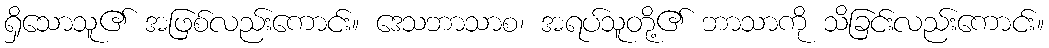
ရှိသောသူ၏ အဖြစ်လည်းကောင်း။ ဒေသဘာသာစ၊ အရပ်သူတို့၏ ဘာသာကို သိခြင်းလည်းကောင်း။